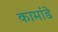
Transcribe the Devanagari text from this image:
कामांडे